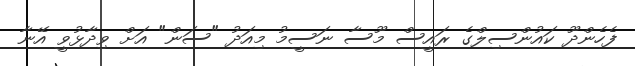
ފެހެންދޫ ކައުންސިލްގެ ރައީސް މޫސާ ނަސީމު މިއަދު "ސަން" އަށް ވިދާޅުވީ އޭނާ